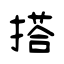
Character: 搭